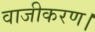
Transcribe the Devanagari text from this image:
वाजीकरण।